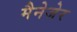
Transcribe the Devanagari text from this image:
मैनेजेर